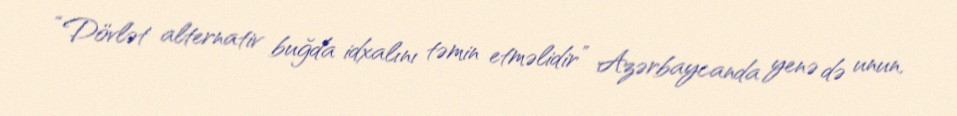
“Dövlət alternativ buğda idxalını təmin etməlidir” Azərbaycanda yenə də unun,